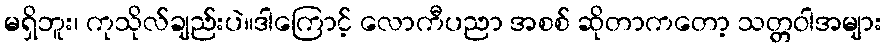
မရှိဘူး၊ ကုသိုလ်ချည်းပဲ။ဒါကြောင့် လောကီပညာ အစစ် ဆိုတာကတော့ သတ္တဝါအများ